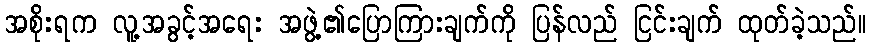
အစိုးရက လူ့အခွင့်အရေး အဖွဲ့၏ပြောကြားချက်ကို ပြန်လည် ငြင်းချက် ထုတ်ခဲ့သည်။